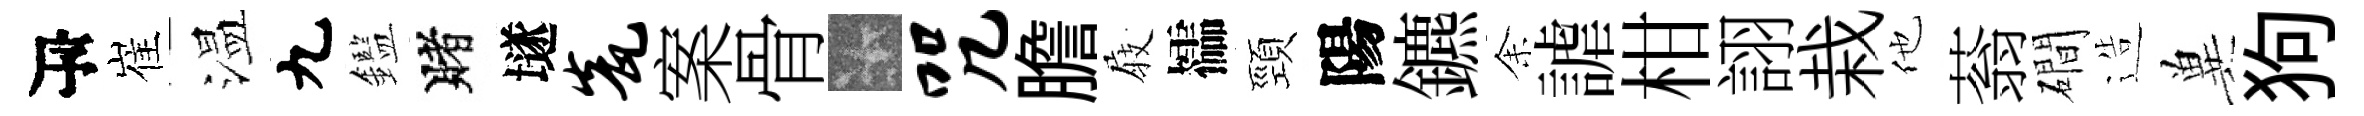
瓴崔温九鑑賭𡑞瓮案骨卡咒膽𡲆櫺頸陽鑣𪜬謔柑詡栽他蓊磵造兾狗